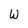
Character: w